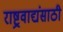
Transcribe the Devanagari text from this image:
राष्ट्रवाद्यंसाठी